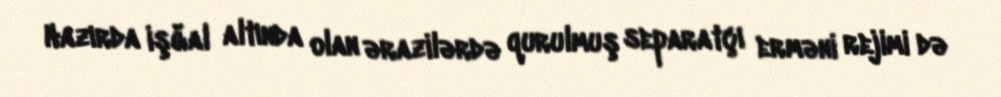
Hazırda işğal altında olan ərazilərdə qurulmuş separatçı erməni rejimi də